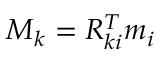
M _ { k } = R _ { k i } ^ { T } m _ { i }